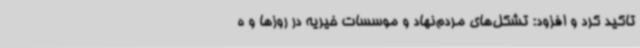
تاکید کرد و افزود: تشکل‌های مردم‌نهاد و موسسات خیریه در روزها و ه